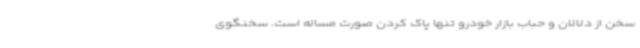
سخن از دلالان و حباب بازار خودرو تنها پاک کردن صورت مساله است. سخنگوی